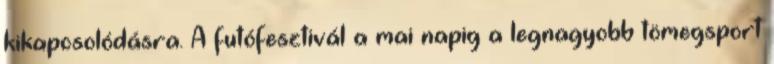
kikapcsolódásra. A futófesztivál a mai napig a legnagyobb tömegsport